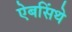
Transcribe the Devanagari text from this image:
ऐबसिंथे